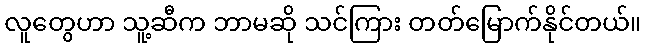
လူတွေဟာ သူ့ဆီက ဘာမဆို သင်ကြား တတ်မြောက်နိုင်တယ်။